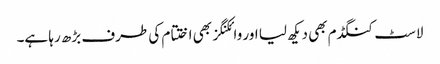
لاسٹ کنگڈم بھی دیکھ لیا اور وائکنگز بھی اختتام کی طرف بڑھ رہا ہے۔